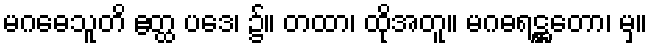
မဂဓေသူတိ ဧတ္ထ ပဒေ၊ ၌။ တထာ၊ ထိုအတူ။ မဂဓရဋ္ဌတော၊ မှ။